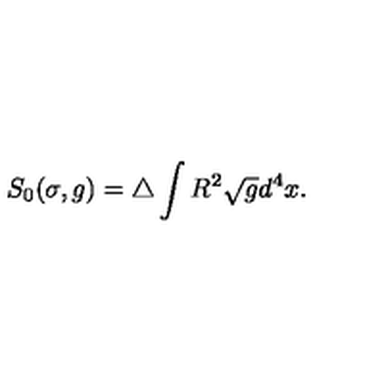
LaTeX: S _ { 0 } ( \sigma , g ) = \triangle \int R ^ { 2 } \sqrt { g } d ^ { 4 } x .